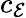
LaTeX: c_{\mathcal{E}}